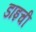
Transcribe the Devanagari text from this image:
डाइची